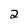
Character: 2